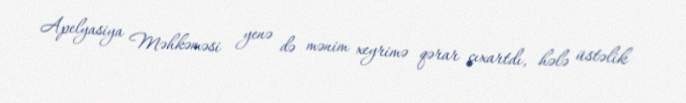
Apelyasiya Məhkəməsi yenə də mənim xeyrimə qərar çıxartdı, hələ üstəlik